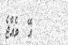
އޭ  ވެއްޖެ